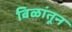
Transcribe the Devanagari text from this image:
बिळांतून